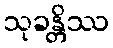
သုခန္တိဿ